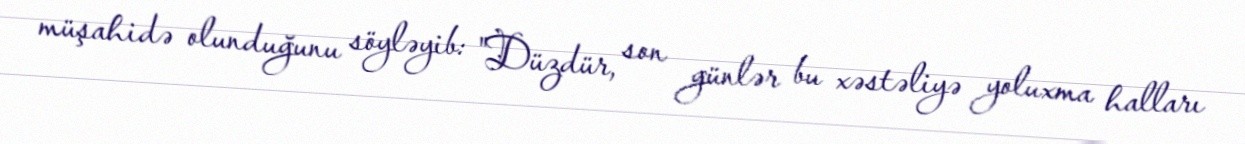
müşahidə olunduğunu söyləyib: "Düzdür, son günlər bu xəstəliyə yoluxma halları